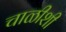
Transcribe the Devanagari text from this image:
चाळीशी